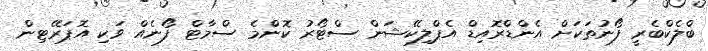
ބްލެކްބެރީ ފޯނުތަކަށް އެންޑްރޮއިޑް އެޕްލިކޭޝަން ސްޓޯރު ކޮންމެ ސްމާޓް ފޯނެއް ވަކި އޮޕަރޭޓިން